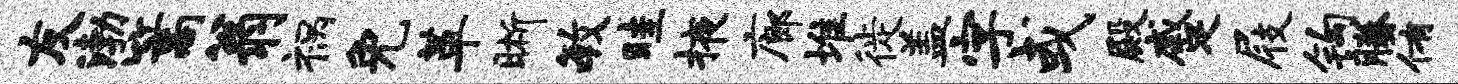
友渤篙翁祸免革晰毓畦掖廊堆徙盖字或殿蹙屐钩腾侑